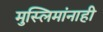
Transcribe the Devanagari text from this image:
मुस्लिमांनाही